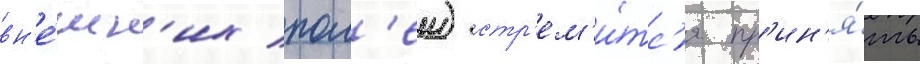
вн'е́шн'их пол'еи) стр'ем'и́тс'я пр'ин'я́ть